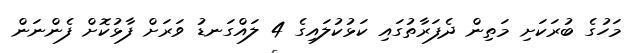
މަހުގެ ބުރަކަށި މަތިން ދެފަރާތުގައި ކަޅުކުލައިގެ 4 ލައްގަނޑު ވަރަށް ފާޅުކޮށް ފެންނަން